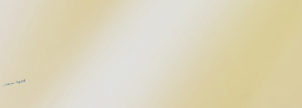
UnderNewMgmt